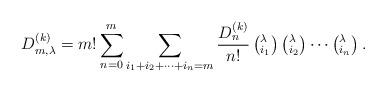
LaTeX: \begin{align*} D_{m,\lambda}^{(k)} = m! \sum_{n=0}^m \sum_{i_1+i_2+ \cdots+i_n=m} \frac{D_n^{(k) }}{n!} \left(^{\lambda}_{i_1} \right)\left(^{\lambda}_{i_2} \right) \cdots \left(^{\lambda}_{i_n} \right).\end{align*}